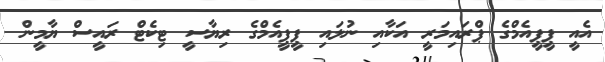
އެއީ ޕީޕީއެމްގެ ޕްރައިމަރީ އަކާއި ނުލައި ޕީޕީއެމްގެ ރިޔާސީ ޓިކެޓް ރައީސް ޔާމީން